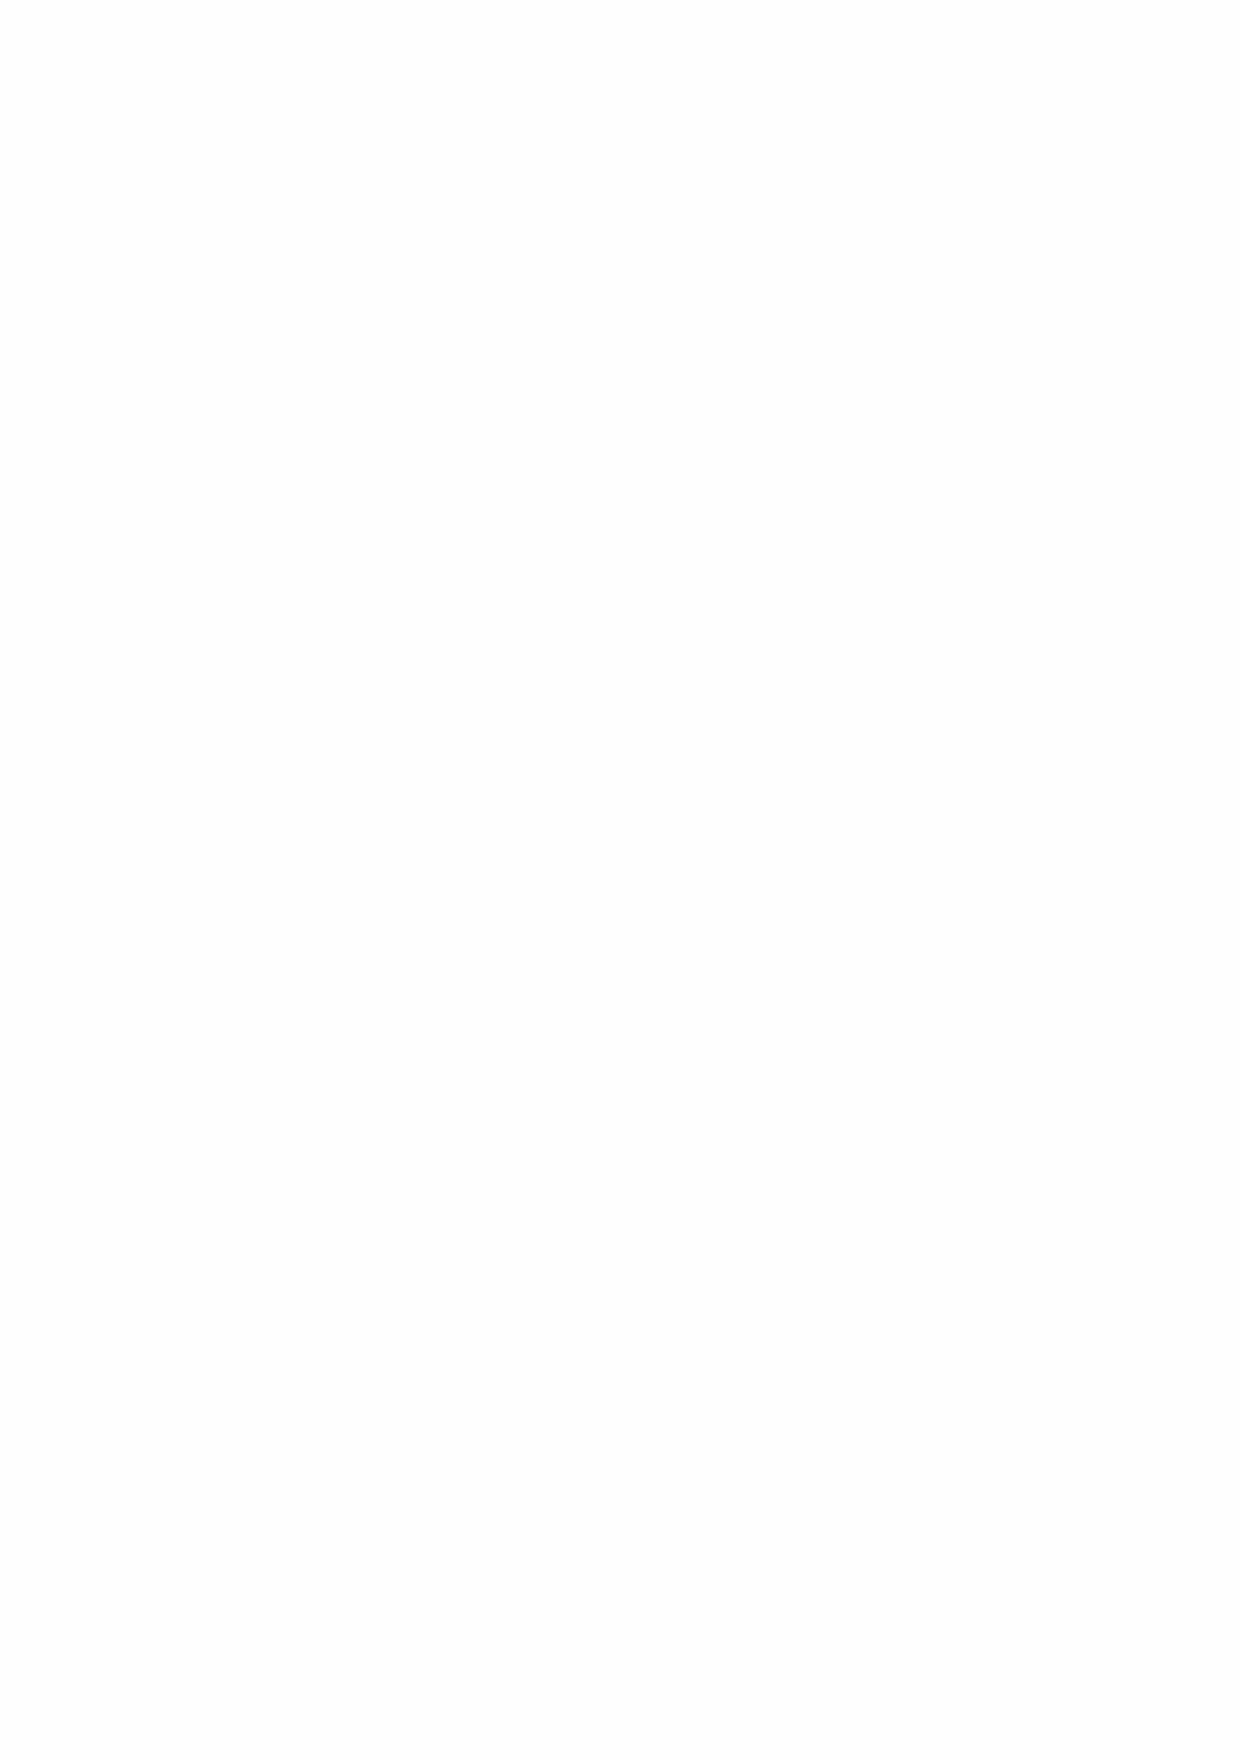
Coin Distribution
 LEGENDARY PAW combines the power of reasonable buy and sell taxes for the BSC space! Having
 portions of each transaction added to liquidity ensures less price volatility whereas the manual
 buyback is used to create bullish momentum or defend key support areas.
 Our marketing tax ensures not only a continuous stream of new investors, but necessary funding for
 ongoing development of the LEGENDARY PAW ecosystem.
 42 MILLION TOTAL SUPPLY
 Coins Distribution
 •  Team and Advisory Board: 7%
 •  Marketing & Partnerships: 10%
 •  Strategic Development: 8%
 •  Token sale: 75%
 HOW IT WORKS
 BUY NFT’s from: Our Market Place, Open Sea or Binance NFT Market place.
 -  From our market place you can buy with PAW token or Credit Card
 -  From Open Sea and Binance with cryptocurrencies
 Use the NFT to Battle, Play Slots, Stake or Resell on Market Place or other NFT platforms
 UTILITY ON DAY ONE!
 INITIAL NFT’S
 Our collections of NFT’s will consist in Characters (dog and cats), accessories and potions.
 All of the NFT’s will be unique, each with its own abilities and power.
 SPECIAL EDITTION NFT’S WILL BE AVAILABLE FOR HOLIDAYS, EVENTS AND DIFFERENT CONTESTS.
 What does this mean? Rapid turnaround time and a continuous stream of content delivered to the
 community.